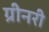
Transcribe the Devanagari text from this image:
ग्रीनरी